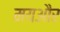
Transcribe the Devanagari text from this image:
मयऔर